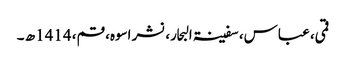
قمی، عباس، سفینۃ البحار، نشر اسوہ، قم، 1414ھ ۔